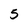
Character: 5